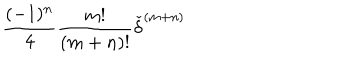
LaTeX: \frac { ( - 1 ) ^ { n } } { 4 } \frac { m ! } { ( m + n ) ! } { \check { \delta } } ^ { ( m + n ) }